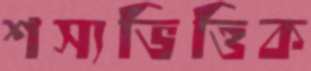
শস্যভিত্তিক